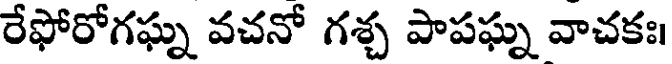
రేఫోరోగఘ్న వచనో గశ్చ పాపఘ్న వాచకః।